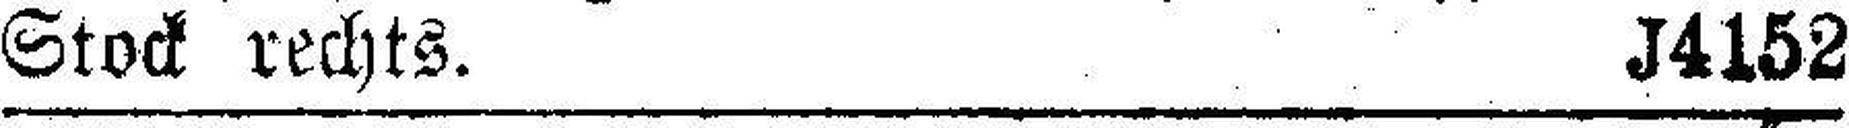
Stock rechts. J4152